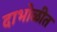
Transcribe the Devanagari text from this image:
दाभोळीत